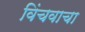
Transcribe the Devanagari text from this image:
विंचवाचा